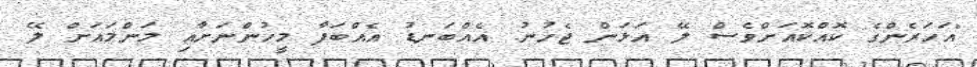
"އަހަރެންގެ ކޮއްކޮއަށްވެސް ލޭ އަޅަން ޖެހުނު. އެއްބަނޑު އެއްބަފާ މީހުންނަށާއި މަންމައަށް ލޭ